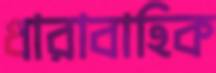
ধারাবাহিক